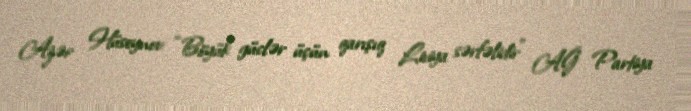
Azər Hüseynov: “Böyük güclər üçün qarışıq Liviya sərfəlidir” AĞ Partiya